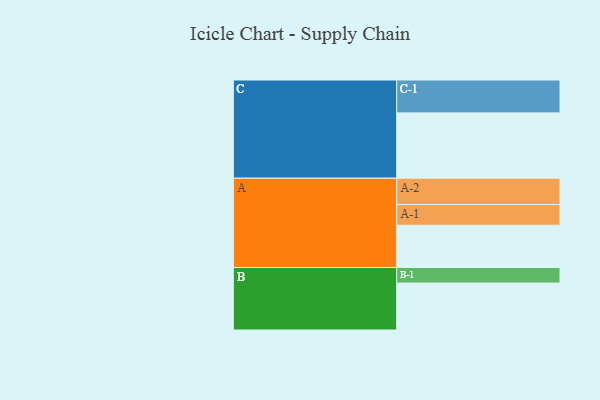
{"axis": {"x": "Segment", "y": "Value"}, "legend": ["", "A", "B", "C"], "data": [{"x": "A", "y": 375, "type": ""}, {"x": "B", "y": 417, "type": ""}, {"x": "C", "y": 580, "type": ""}, {"x": "A-1", "y": 184, "type": "A"}, {"x": "A-2", "y": 234, "type": "A"}, {"x": "B-1", "y": 138, "type": "B"}, {"x": "C-1", "y": 292, "type": "C"}]}